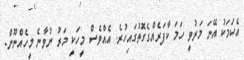
އެކަމަކު އޭނަ މަރުވީ ހަމަ ކާފަރެއްގެގޮތުގައިހުރެ. އެއްވެސް މީހަކީ މަރު ނުވާނެ މީހެއްނޫން.